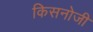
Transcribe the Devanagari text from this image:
किसनोजी